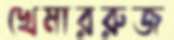
খেমাররুজ